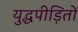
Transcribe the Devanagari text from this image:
युद्धपीड़ितों